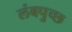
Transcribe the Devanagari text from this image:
लंबपुच्छ